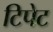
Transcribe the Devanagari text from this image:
टिपेट